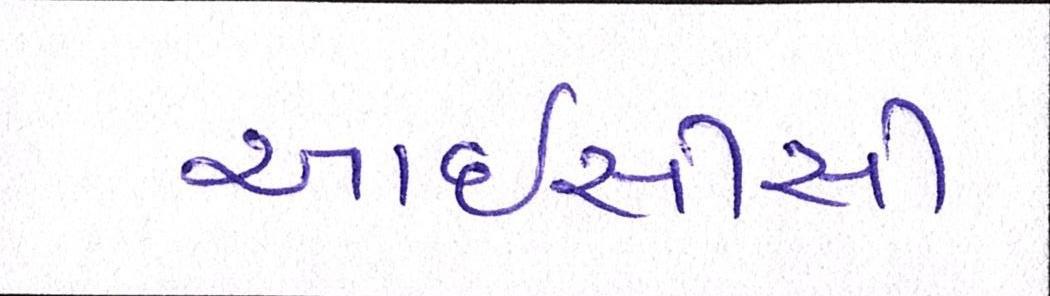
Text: આઇસીસી